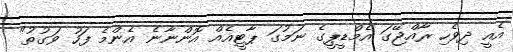
އެއީ ދިވެހި ރާއްޖޭގަ އެމްޑީޕީގެ ނަމުގަ ޕާޓީއެއް އޮންނާނެ އެންމެ ފަހު ވަގުތު"